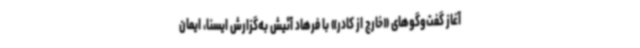
آغاز گفت‌وگوهای «خارج از کادر» با فرهاد آئیش به‌گزارش ایسنا، ایمان